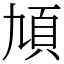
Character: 頄